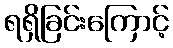
ရရှိခြင်းကြောင့်